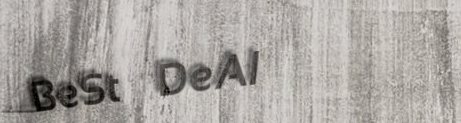
BeSt DeAl